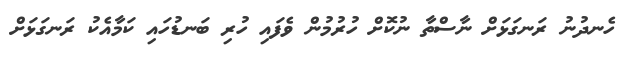
ހެނދުނު ރަނގަޅަށް ނާސްތާ ނުކޮށް ހުރުމުން ވެފައި ހުރި ބަނޑުހައި ކަމާއެކު ރަނގަޅަށް